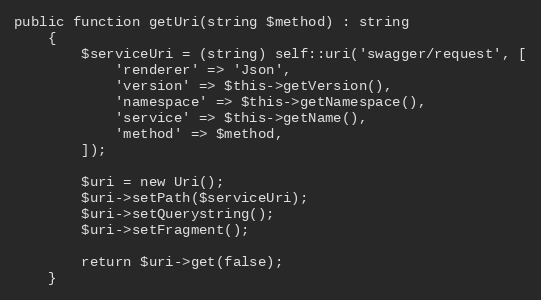
Language: PHP
public function getUri(string $method) : string
    {
        $serviceUri = (string) self::uri('swagger/request', [
            'renderer' => 'Json',
            'version' => $this->getVersion(),
            'namespace' => $this->getNamespace(),
            'service' => $this->getName(),
            'method' => $method,
        ]);

        $uri = new Uri();
        $uri->setPath($serviceUri);
        $uri->setQuerystring();
        $uri->setFragment();

        return $uri->get(false);
    }